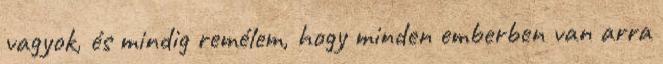
vagyok, és mindig remélem, hogy minden emberben van arra